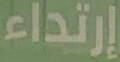
إرتداء